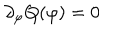
\partial _ { \varphi } Q ( \varphi ) = 0